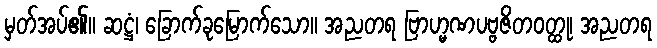
မှတ်အပ်၏။ ဆဋ္ဌံ၊ ခြောက်ခုမြောက်သော။ အညတရ ဗြာဟ္မဏပဗ္ဗဇိတဝတ္ထု၊ အညတရ